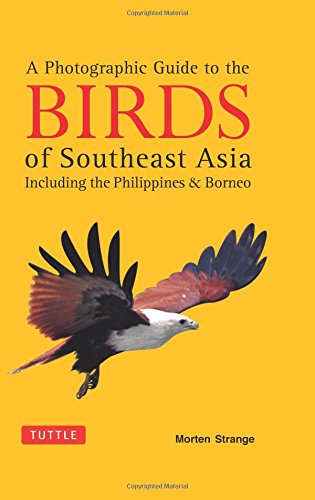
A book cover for A Photographic Guide to the Birds of Southeast Asia: Including the Philippines and Borneo; Morten Strange; Reference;